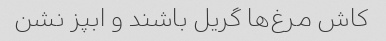
کاش مرغ‌ها گریل باشند و ابپز نشن